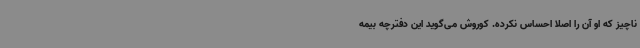
ناچیز که او آن را اصلا احساس نکرده. کوروش می‌گوید این دفترچه بیمه